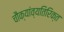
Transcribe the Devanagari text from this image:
चौक्यांव्यतिरिक्त